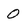
Character: 0